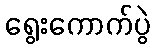
ရွေးကောက်ပွဲ